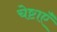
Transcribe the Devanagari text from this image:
चेष्टाएॅं